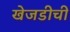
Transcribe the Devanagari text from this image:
खेजडीची